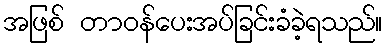
အဖြစ် တာဝန်ပေးအပ်ခြင်းခံခဲ့ရသည်။